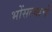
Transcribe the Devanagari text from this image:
भोंसल्याचें